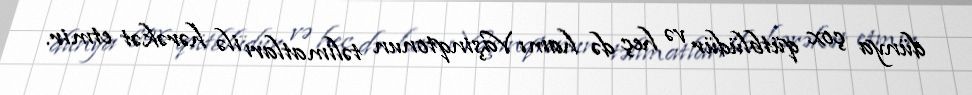
dünya çox qütblüdür və heç də hamı Vaşinqtonun təlimatları ilə hərəkət etmir.